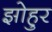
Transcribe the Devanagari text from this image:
झोहुर